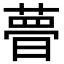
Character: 𣊔